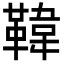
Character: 𩋾